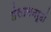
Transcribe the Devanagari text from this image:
हंसासनरूढां